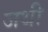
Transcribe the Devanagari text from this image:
जथी